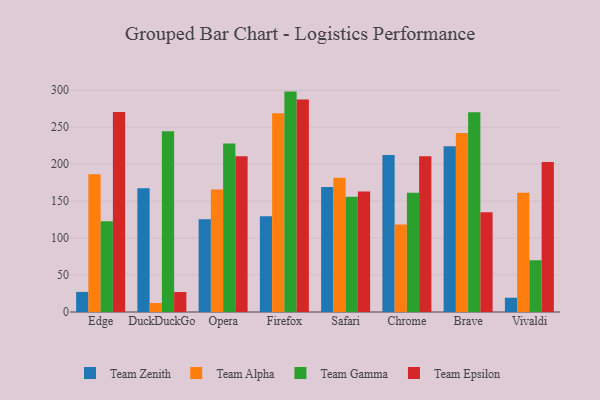
{"axis": {"x": "Browser", "y": "Conversion Rate (%)"}, "legend": ["Team Alpha", "Team Epsilon", "Team Gamma", "Team Zenith"], "data": [{"x": "Edge", "y": 27.2, "type": "Team Zenith"}, {"x": "Edge", "y": 186.4, "type": "Team Alpha"}, {"x": "Edge", "y": 122.7, "type": "Team Gamma"}, {"x": "Edge", "y": 270.7, "type": "Team Epsilon"}, {"x": "DuckDuckGo", "y": 167.5, "type": "Team Zenith"}, {"x": "DuckDuckGo", "y": 12.2, "type": "Team Alpha"}, {"x": "DuckDuckGo", "y": 244.7, "type": "Team Gamma"}, {"x": "DuckDuckGo", "y": 27.0, "type": "Team Epsilon"}, {"x": "Opera", "y": 125.5, "type": "Team Zenith"}, {"x": "Opera", "y": 165.8, "type": "Team Alpha"}, {"x": "Opera", "y": 228.1, "type": "Team Gamma"}, {"x": "Opera", "y": 210.6, "type": "Team Epsilon"}, {"x": "Firefox", "y": 129.6, "type": "Team Zenith"}, {"x": "Firefox", "y": 268.8, "type": "Team Alpha"}, {"x": "Firefox", "y": 298.2, "type": "Team Gamma"}, {"x": "Firefox", "y": 287.6, "type": "Team Epsilon"}, {"x": "Safari", "y": 169.2, "type": "Team Zenith"}, {"x": "Safari", "y": 181.6, "type": "Team Alpha"}, {"x": "Safari", "y": 155.9, "type": "Team Gamma"}, {"x": "Safari", "y": 163.2, "type": "Team Epsilon"}, {"x": "Chrome", "y": 212.4, "type": "Team Zenith"}, {"x": "Chrome", "y": 118.3, "type": "Team Alpha"}, {"x": "Chrome", "y": 161.5, "type": "Team Gamma"}, {"x": "Chrome", "y": 210.8, "type": "Team Epsilon"}, {"x": "Brave", "y": 224.2, "type": "Team Zenith"}, {"x": "Brave", "y": 242.1, "type": "Team Alpha"}, {"x": "Brave", "y": 270.1, "type": "Team Gamma"}, {"x": "Brave", "y": 134.8, "type": "Team Epsilon"}, {"x": "Vivaldi", "y": 19.3, "type": "Team Zenith"}, {"x": "Vivaldi", "y": 161.4, "type": "Team Alpha"}, {"x": "Vivaldi", "y": 70.0, "type": "Team Gamma"}, {"x": "Vivaldi", "y": 203.0, "type": "Team Epsilon"}]}